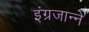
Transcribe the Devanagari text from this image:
इंग्रजान्ने